Report on the working of the mental hospitals for Indians in Bihar and Orissa - 1925-1929
Year: 1925
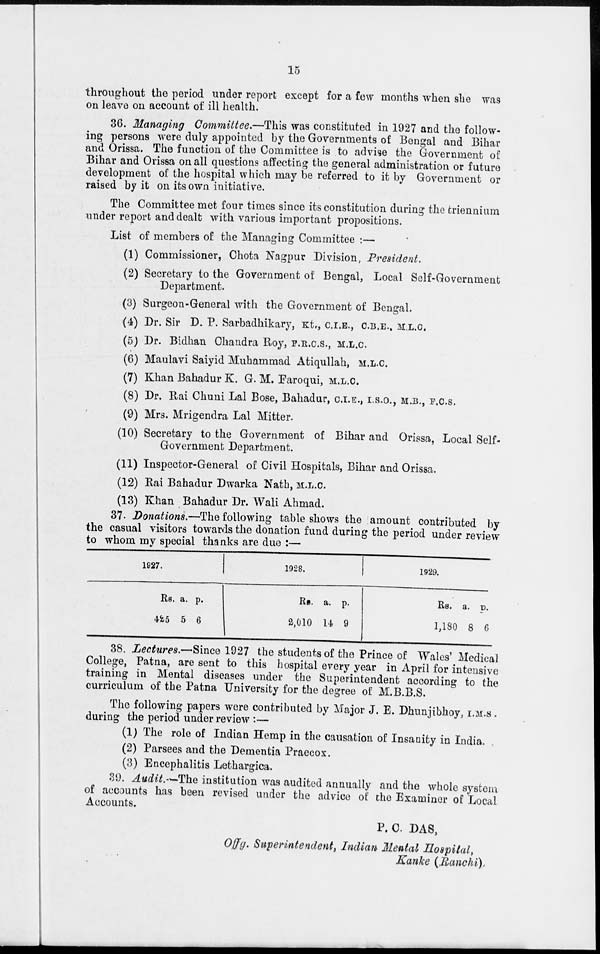
15
throughout the period under report except for a few months when she was
on leave on account of ill health.
36. Managing Committee.—This was constituted in 1927 and the follow-
ing persons were duly appointed by the Governments of Bengal and Bihar
and Orissa. The function of the Committee is to advise the Government of
Bihar and Orissa on all questions affecting the general administration or future
development of the hospital which may be referred to it by Government or
raised by it on its own initiative.
The Committee met four times since its constitution during the triennium
under report and dealt with various important propositions.
List of members of the Managing Committee :—
(1) Commissioner, Chota Nagpur Division, President.
(2) Secretary to the Government of Bengal, Local Self-Government
Department.
(3) Surgeon-General with the Government of Bengal.
(4) Dr. Sir D. P. Sarbadhikary, Kt., C.I.E., C.B.E., M.L.C.
(5) Dr. Bidhan Chandra Roy, F.R.C.S., M.L.C.
(6) Maulavi Saiyid Muhammad Atiqullah, M.L.C.
(7) Khan Bahadur K. G. M. Faroqui, M.L.C.
(8) Dr. Rai Chuni Lal Bose, Bahadur, C.I.E., I.S.O., M.B., F.C.S.
(9) Mrs. Mrigendra Lal Mitter.
(10) Secretary to the Government of Bihar and Orissa, Local Self-
Government Department.
(11) Inspector-General of Civil Hospitals, Bihar and Orissa.
(12) Rai Bahadur Dwarka Nath, M.L.C.
(13) Khan Bahadur Dr. Wali Ahmad.
37. Donations.—The following table shows the amount contributed by
the casual visitors towards the donation fund during the period under review
to whom my special thanks are due :—
1927.
Rs.
425
a.
5
p.
6
1928.
Rs.
2,010
a.
14
p.
9
1929.
Rs.
1,180
a.
8
p.
6
38. Lectures.—Since 1927 the students of the Prince of Wales' Medical
College, Patna, are sent to this hospital every year in April for intensive
training in Mental diseases under the Superintendent according to the
curriculum of the Patna University for the degree of M.B.B.S.
The following papers were contributed by Major J. E. Dhunjibhoy, I.M.S .
during the period under review :—
(1) The role of Indian Hemp in the causation of Insanity in India.
(2) Parsees and the Dementia Praecox.
(3) Encephalitis Lethargica.
39. Audit.–The institution was audited annually and the whole system
of accounts has been revised under the advice of the Examiner of Local
Accounts.
P. C DAS,
Offg. Superintendent, Indian Mental Hospital,
Kanke (Ranchi).